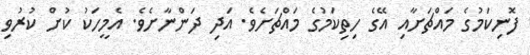
ފޮނިކަމުގެ މައްޗަށާއި އޭގެ ހިތިކަމުގެ މައްޗަށެވެ. އަދި ދަންނާށެވެ. އެމީހަކު ކުށް ކުރުވި